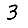
Digit: 3